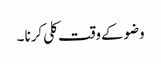
وضوکےوقت کلی کرنا ۔